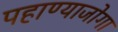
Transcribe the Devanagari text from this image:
पहाण्याजोगा